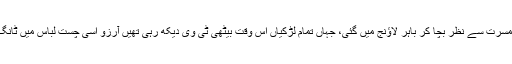
ذرا دیر کو وہ ہاتھ روک کر مسرت سے نظر بچا کر باہر لاؤنج میں گئی، جہاں تمام لڑکیاں اس وقت بیٹھی ٹی وی دیکھ رہی تھیں آرزو اسی چست لباس میں ٹانگ پر ٹانگ رکھے بیٹھی تھی۔